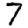
Digit: 7